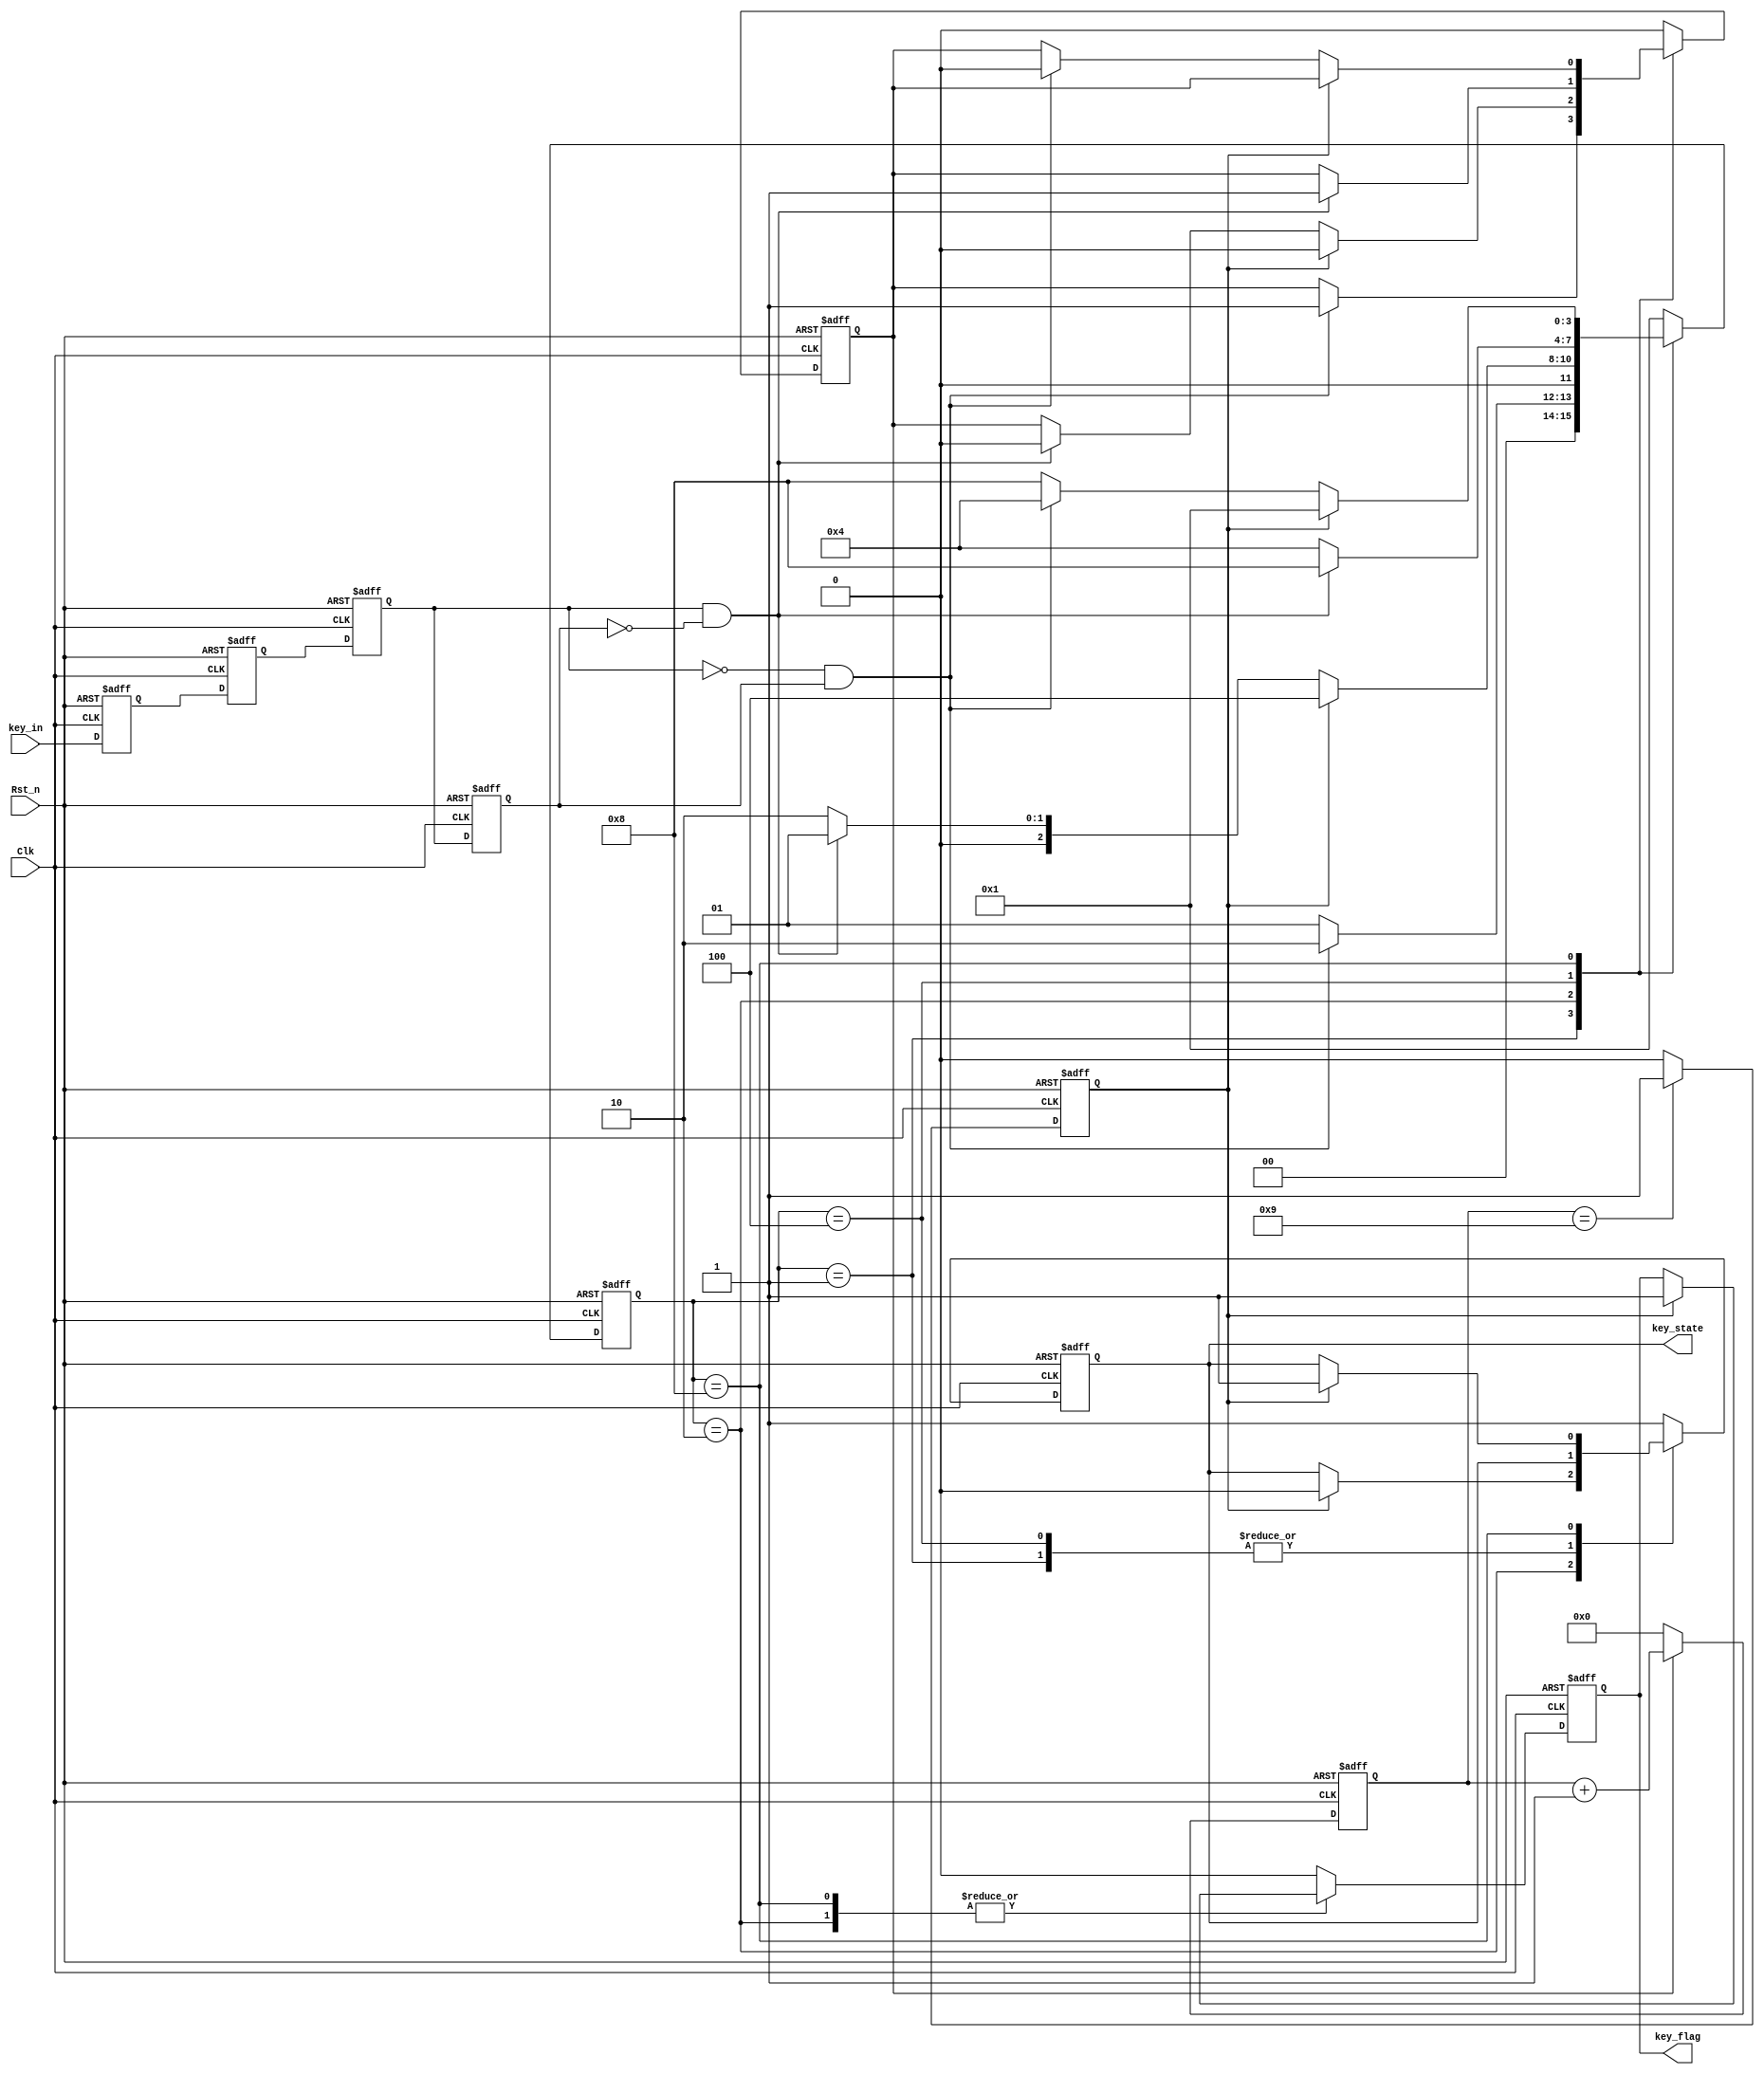
module key_filter(Clk,Rst_n,key_in,key_flag,key_state);

	input Clk;
	input Rst_n;
	input key_in;
	
	output reg key_flag;
	output reg key_state;
	
	localparam
		IDEL		= 4'b0001,
		FILTER0	= 4'b0010,
		DOWN		= 4'b0100,
		FILTER1 	= 4'b1000;
		
	reg [3:0]state;
	reg [19:0]cnt;
	reg en_cnt;	
	
//
//Synchronize the external async signals 
	reg key_in_sa,key_in_sb;
	always@(posedge Clk or negedge Rst_n)
	if(!Rst_n)begin
		key_in_sa <= 1'b0;
		key_in_sb <= 1'b0;
	end
	else begin
		key_in_sa <= key_in;
		key_in_sb <= key_in_sa;	
	end
	
	reg key_tmpa,key_tmpb;
	wire pedge,nedge;
	reg cnt_full;
	
//D
//Use D-latch to store external input signal between two posedge of clk
	always@(posedge Clk or negedge Rst_n)
	if(!Rst_n)begin
		key_tmpa <= 1'b0;
		key_tmpb <= 1'b0;
	end
	else begin
		key_tmpa <= key_in_sb;
		key_tmpb <= key_tmpa;	
	end

//	
//generate the edge signal
	assign nedge = !key_tmpa & key_tmpb;
	assign pedge = key_tmpa & (!key_tmpb);
	
	always@(posedge Clk or negedge Rst_n)
	if(!Rst_n)begin
		en_cnt <= 1'b0;
		state <= IDEL;
		key_flag <= 1'b0;
		key_state <= 1'b1;
	end
	else begin
		case(state)
			IDEL :
				begin
					key_flag <= 1'b0;
					if(nedge)begin
						state <= FILTER0;
						en_cnt <= 1'b1;
					end
					else
						state <= IDEL;
				end
					
			FILTER0:
				if(cnt_full)begin
					key_flag <= 1'b1;
					key_state <= 1'b0;
					en_cnt <= 1'b0;
					state <= DOWN;
				end
				else if(pedge)begin
					state <= IDEL;
					en_cnt <= 1'b0;
				end
				else
					state <= FILTER0;
					
			DOWN:
				begin
					key_flag <= 1'b0;
					if(pedge)begin
						state <= FILTER1;
						en_cnt <= 1'b1;
					end
					else
						state <= DOWN;
				end
			
			FILTER1:
				if(cnt_full)begin
					key_flag <= 1'b1;
					key_state <= 1'b1;
					state <= IDEL;
				end
				else if(nedge)begin
					en_cnt <= 1'b0;
					state <= DOWN;
				end
				else
					state <= FILTER1;
			
			default:
				begin 
					state <= IDEL; 
					en_cnt <= 1'b0;		
					key_flag <= 1'b0;
					key_state <= 1'b1;
				end
				
		endcase	
	end
	

	
	always@(posedge Clk or negedge Rst_n)
	if(!Rst_n)
		cnt <= 20'd0;
	else if(en_cnt)
		cnt <= cnt + 1'b1;
	else
		cnt <= 20'd0;
	
	always@(posedge Clk or negedge Rst_n)
	if(!Rst_n)
		cnt_full <= 1'b0;
	else if(cnt == 9)
		cnt_full <= 1'b1;
	else
		cnt_full <= 1'b0;	

endmodule